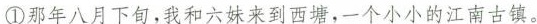
①那年八月下如，我和六来到西塘，一个小小的江南古镇。